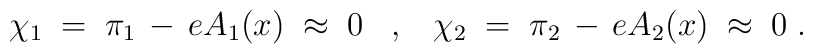
\chi_1 \;=\; \pi_1 \,-\, e A_1(x) \;\approx\; 0 \;\;\;,\;\;\;\chi_2 \;=\; \pi_2 \,-\, e A_2(x) \;\approx\; 0 \;.